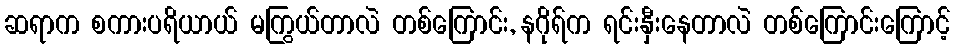
ဆရာက စကားပရိယာယ် မကြွယ်တာလဲ တစ်ကြောင်း, နဂိုရ်က ရင်းနှီးနေတာလဲ တစ်ကြောင်းကြောင့်